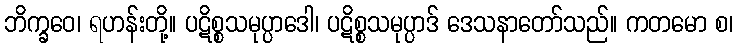
ဘိက္ခဝေ၊ ရဟန်းတို့။ ပဋိစ္စသမုပ္ပာဒေါ၊ ပဋိစ္စသမုပ္ပာဒ် ဒေသနာတော်သည်။ ကတမော စ၊